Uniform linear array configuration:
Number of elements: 16
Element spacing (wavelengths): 0.25
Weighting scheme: binomial
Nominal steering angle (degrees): -60
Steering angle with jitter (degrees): -60.551
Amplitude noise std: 0.05
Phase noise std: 0.05

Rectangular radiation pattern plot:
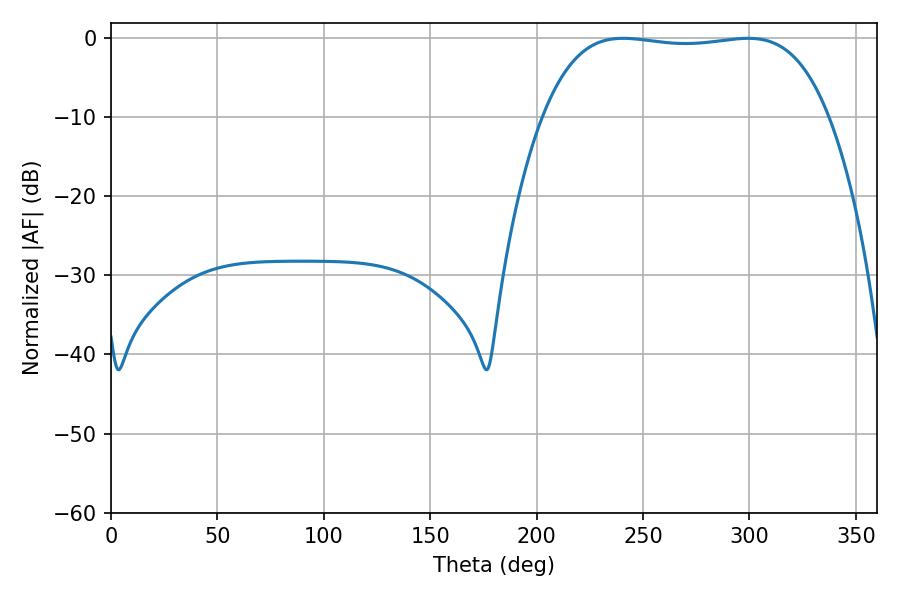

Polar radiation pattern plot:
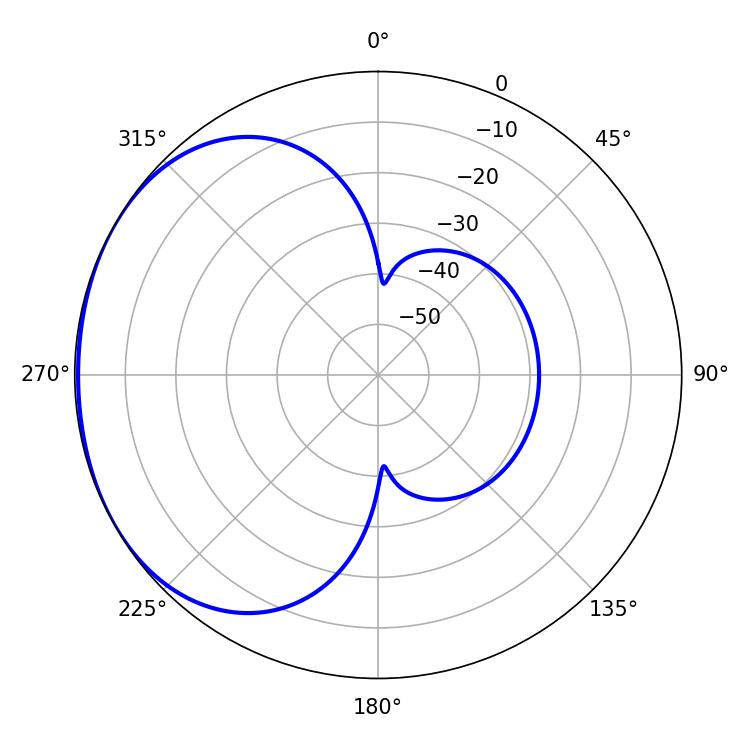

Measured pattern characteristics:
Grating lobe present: FALSE
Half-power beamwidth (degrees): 106.2
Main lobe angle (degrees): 240.66